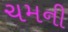
ચમની